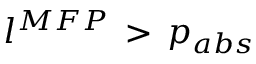
l ^ { M F P } \, > \, p _ { a b s }